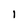
Character: l